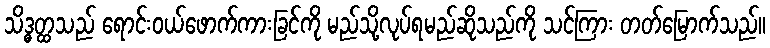
သိဒ္ဓတ္ထသည် ရောင်းဝယ်ဖောက်ကားခြင်ကို မည်သို့လုပ်ရမည်ဆိုသည်ကို သင်ကြား တတ်မြောက်သည်။